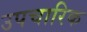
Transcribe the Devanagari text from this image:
उपचारिक